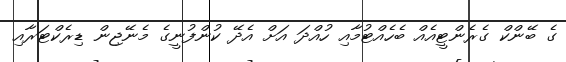
ގެ ބޭންކް ގެރެންޓީއެއް ބެހެއްޓުމާއި ހުއްދަ އަށް އެދޭ ކުންފުނީގެ މެނޭޖިން ޑިރެކްޓަރާއި